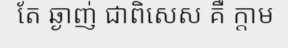
តែ ឆ្ងាញ់ ជាពិសេស គឺ ក្តាម